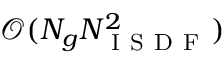
{ \mathcal O } ( N _ { g } N _ { \mathrm { ~ I ~ S ~ D ~ F ~ } } ^ { 2 } )